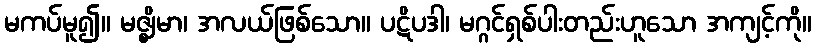
မကပ်မူ၍။ မဇ္ဈိမာ၊ အလယ်ဖြစ်သော။ ပဋိပဒါ၊ မဂ္ဂင်ရှစ်ပါးတည်းဟူသော အကျင့်ကို။